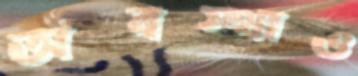
অবস্থাও